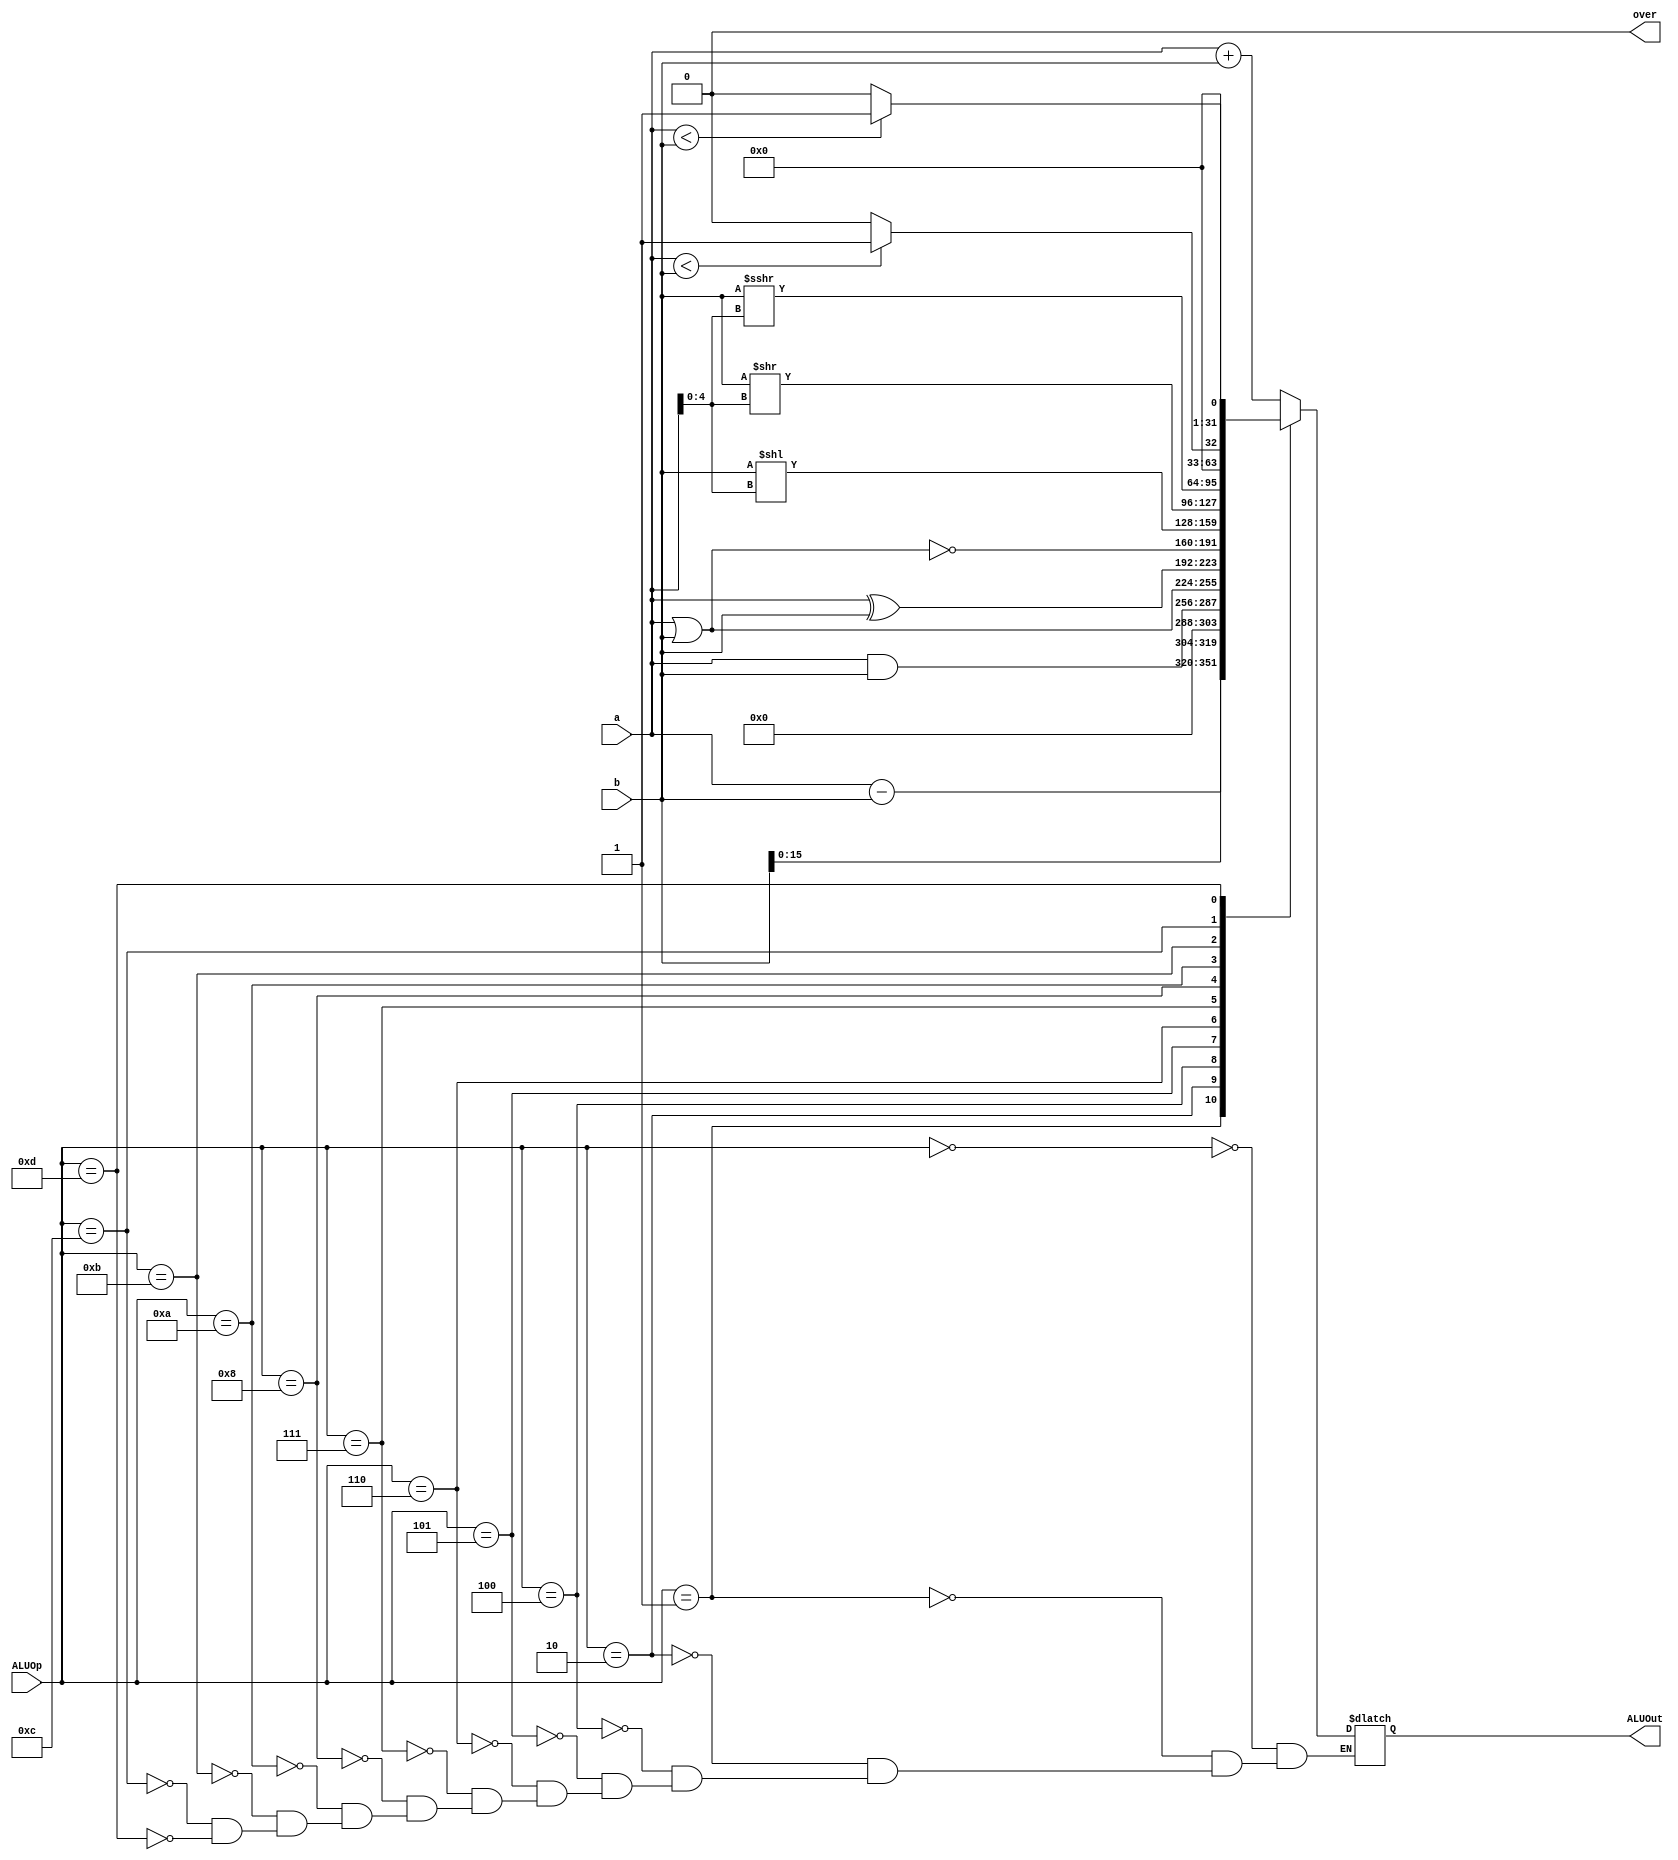
module ALU(input [31:0] a,b,
           input [3:0]       ALUOp,
           output reg [31:0] ALUOut,
           output reg        over);//0 indicate no overflow
   always @(*)
     begin
        case (ALUOp)
          4'b00_00: ALUOut = a+b;    
          4'b00_01: ALUOut = a-b;   
          4'b00_10: ALUOut = {b[15:0],16'b0}; //lui
          
          4'b01_00: ALUOut = a & b; //and
          4'b01_01: ALUOut = a | b;  //or
          4'b01_10: ALUOut = a ^ b; //xor
          4'b01_11: ALUOut = ~(a | b); //nor
          
          4'b10_00: ALUOut = b<<a[4:0]; //{b[31-a[4:0]],{a[4:0]{1'b0}}};//left shift logic
          4'b10_10: ALUOut = b>>a[4:0];//{{a[4:0]{1'b0}},b[31:a[4:0]]};//right shift logic
          4'b10_11: ALUOut = $signed(b)>>>$signed(a[4:0]); //{{a[4:0]{b[31]}},b[31:a[4:0]]};//right shift arithmetic
          
          4'b11_00: ALUOut = $signed(a) < $signed(b) ? 32'b1 : 32'b0;//set less than
          4'b11_01: ALUOut = a < b ? 32'b1 : 32'b0; //set less than unsigned
        endcase // case (ALUOp)
        over <= 0;
     end
endmodule // ALU

module MulDiv(input [31:0] a,b,
              input         clk,reset,start,
              input         we,HiLo, //0->LO, 1->HI
              input [1:0]   MulOp,
              output reg busy,//1 indicate busy multiplying or dividing
              output reg [31:0] HI,LO);
   reg [3:0]                    count;
	reg [31:0] at,bt;
   always @(posedge clk)
     begin
	  	 $display("a=%8X,b=%8X,at=%8X,bt=%8X",a,b,at,bt);
        if(reset)
          begin
             HI <= 32'b0;
             LO <= 32'b0;
             count <= 0;
             busy <= 0;
          end
        if(we)
          if(HiLo)
            HI = a;
          else
            LO = a;
        else if(count == 1)
          begin
             if(MulOp == 2'b00)//multu
						{HI,LO} = at * bt;					
             else if(MulOp == 2'b01) //mult
               {HI,LO} = $signed(at)*$signed(bt);
             else if(MulOp == 2'b10) //divu
               begin
                  HI <= at % bt;
                  LO <= at / bt;
               end
             else if(MulOp == 2'b11) //div
               begin
                  HI <= $signed(at) % $signed(bt);
                  LO <= $signed(at) / $signed(bt);
               end
          end // if (count == 1)
        if(count)
          count = count - 4'b1;
        
        if(start)
          begin
             if(MulOp == 2'b00 || MulOp == 2'b01)
               count = 5;
             else
               count = 10;
				 at = a;
				 bt = b;
             busy = 1;
          end
        if(count)
          busy <= 1;
        else
          busy <= 0;
     end // always (posedge clk)
endmodule // MulDiv